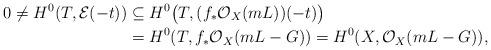
LaTeX: \begin{align*}0 \ne H^0(T, \mathcal E(-t)) & \subseteq H^0\big(T, (f_*\mathcal O_X(mL)) (-t) \big) \\ & = H^0(T, f_*\mathcal O_X(mL-G)) = H^0(X, \mathcal O_X(mL-G)), \end{align*}